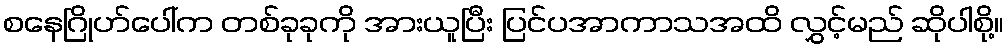
စနေဂြိုဟ်ပေါ်က တစ်ခုခုကို အားယူပြီး ပြင်ပအာကာသအထိ လွှင့်မည် ဆိုပါစို့။